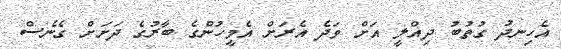
އެހިނދު ގުތުބު ދިއްލީ އަށް ވަދެ އެރަށް އެމީހުންގެ ބާރުގެ ދަށަށް ގެނެސް